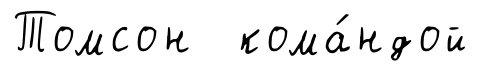
Томсон кома́ндой